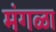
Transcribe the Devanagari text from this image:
मंगळा